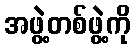
အဖွဲ့တစ်ဖွဲ့ကို